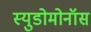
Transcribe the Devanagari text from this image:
स्युडोमोनॉस